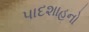
પાદશાહનો